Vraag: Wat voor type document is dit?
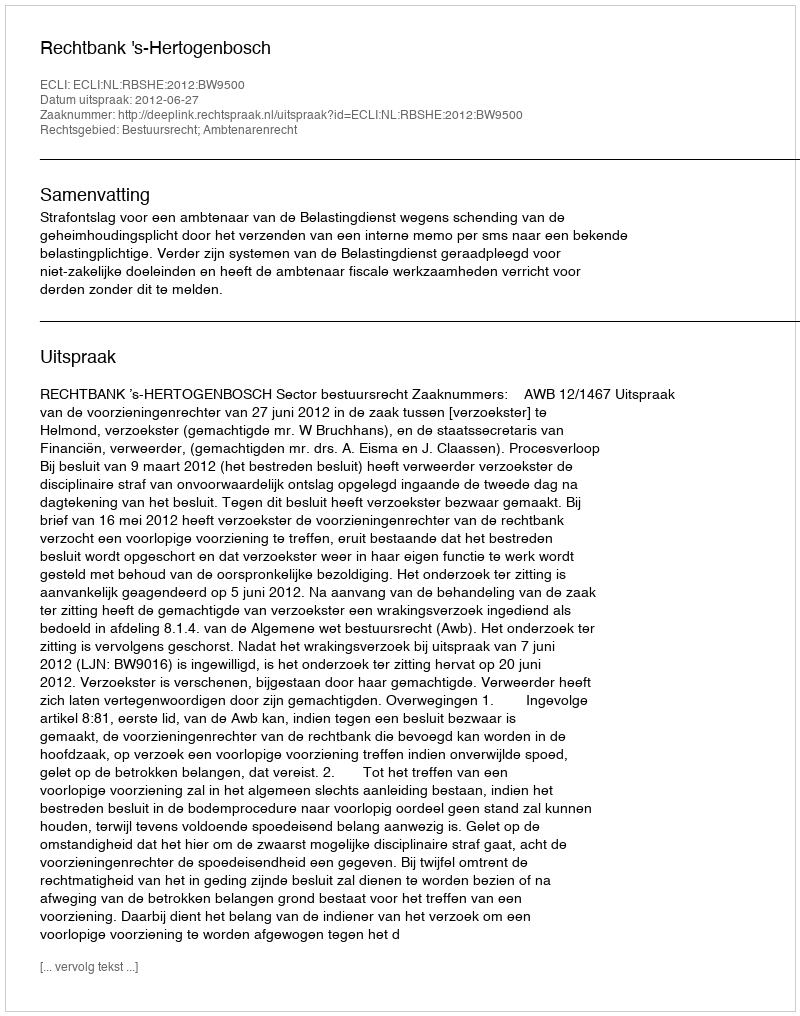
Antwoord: Uitspraak